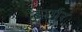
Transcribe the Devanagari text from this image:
बार्गर